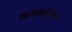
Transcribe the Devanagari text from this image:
कानकुंवर